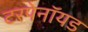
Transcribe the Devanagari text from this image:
टरपेनॉयड